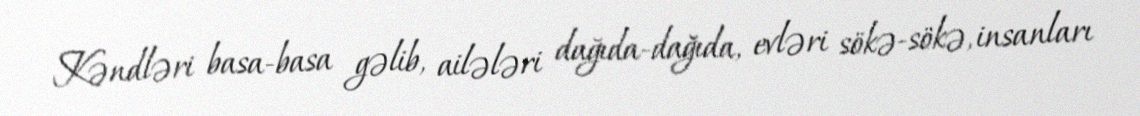
Kəndləri basa-basa gəlib, ailələri dağıda-dağıda, evləri sökə-sökə, insanları